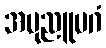
အပုညူပဂံ